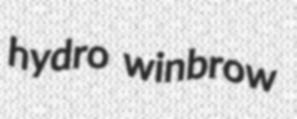
hydro winbrow